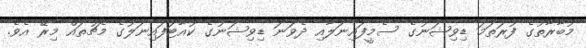
މުބާރާތުގެ ފުރަތަމަ ޑިވިޝަނުގެ ސެމީފައިނަލާއި ދެވަނަ ޑިވިޝަނުގެ ކުއާޓަފައިނަލުގެ މެޗުތައް މިރޭ އެވެ.